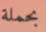
بحملة